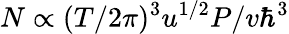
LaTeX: N\propto(T/2\pi)^{3}u^{1/2}P/v\hbar^{3}